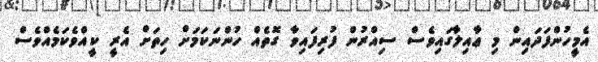
އެމީހުންފަދައިން މި ޢާއިލާގައިވެސް ސިއްރުން ފުރިފައިވާ ގޮތެއް ހުންނަކަމަށް ހިތަށް އެރީ ކީއްވެކަމެއްވެސް